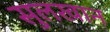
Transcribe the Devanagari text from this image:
सुलखान